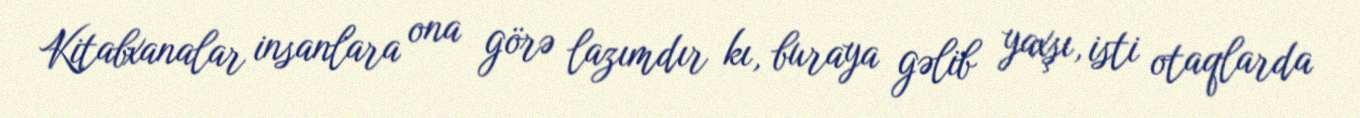
Kitabxanalar insanlara ona görə lazımdır kı, buraya gəlib yaxşı, isti otaqlarda